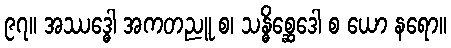
၉၇။ အဿဒ္ဓေါ အကတညူ စ၊ သန္ဓိစ္ဆေဒေါ စ ယော နရော။